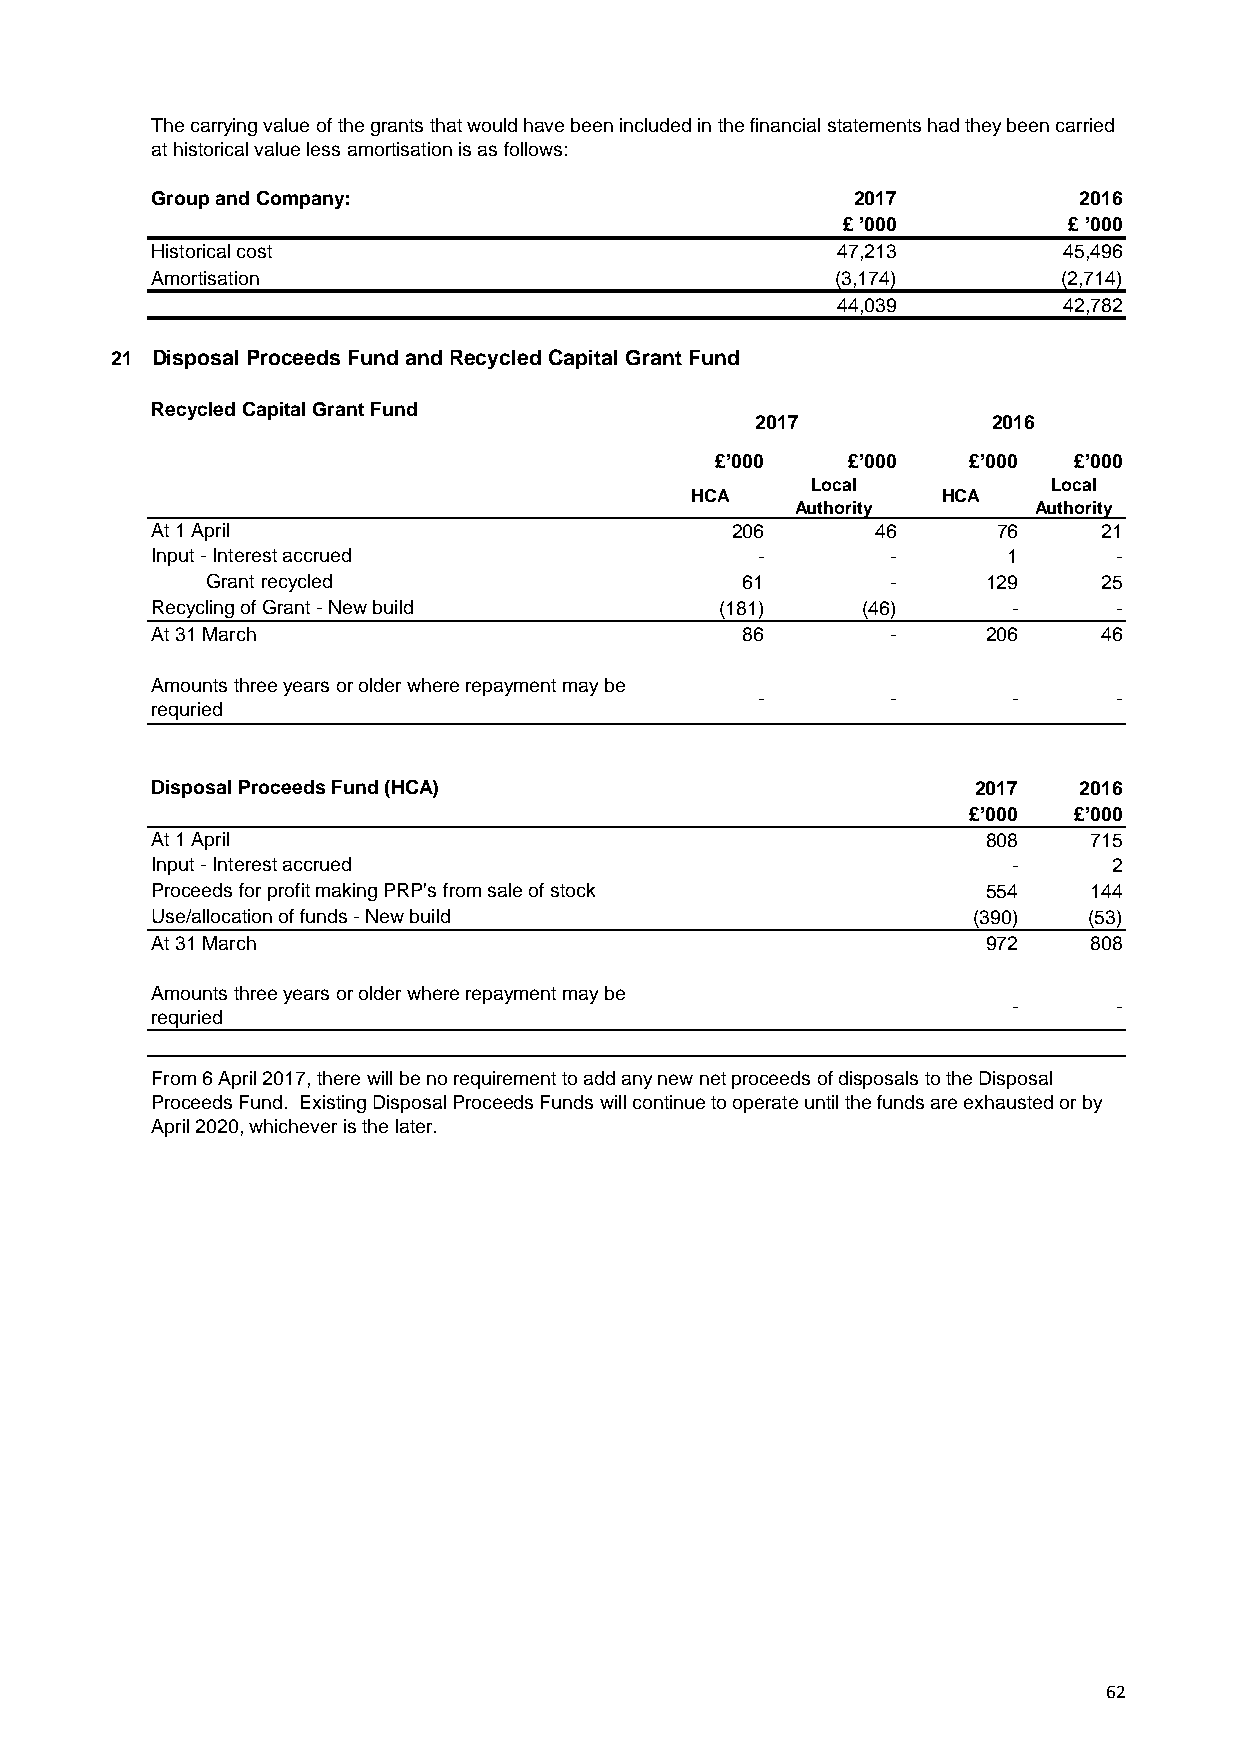
The carrying value of the grants that would have been included in the financial statements had they been carried
 at historical value less amortisation is as follows:
 Group and Company:                            2017           2016
 £ ’000         £ ’000
 Historical cost                              47,213         45,496
 Amortisation                                 (3,174)        (2,714)
 44,039         42,782
 21 Disposal Proceeds Fund and Recycled Capital Grant Fund
 Recycled Capital Grant Fund
 2017            2016
 £’000    £’000   £’000  £’000
 Local          Local
 HCA             HCA
 Authority      Authority
 At 1 April                            206       46      76     21
 Input - Interest accrued                -        -       1      -
 Grant recycled                     61        -     129     25
 Recycling of Grant - New build        (181)    (46)      -      -
 At 31 March                            86        -     206     46
 Amounts three years or older where repayment may be
 -        -       -      -
 requried
 Disposal Proceeds Fund (HCA)                          2017   2016
 £’000  £’000
 At 1 April                                             808    715
 Input - Interest accrued                                 -      2
 Proceeds for profit making PRP's from sale of stock    554    144
 Use/allocation of funds - New build                   (390)   (53)
 At 31 March                                            972    808
 Amounts three years or older where repayment may be
 -      -
 requried
 From 6 April 2017, there will be no requirement to add any new net proceeds of disposals to the Disposal
 Proceeds Fund. Existing Disposal Proceeds Funds will continue to operate until the funds are exhausted or by
 April 2020, whichever is the later.
 62